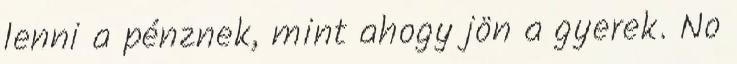
lenni a pénznek, mint ahogy jön a gyerek. No